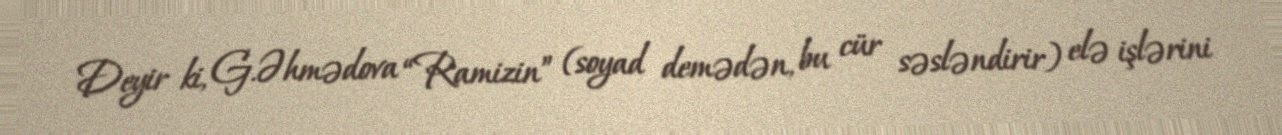
Deyir ki, G.Əhmədova “Ramizin” (soyad demədən, bu cür səsləndirir) elə işlərini